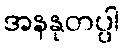
အနနုတပ္ပါ